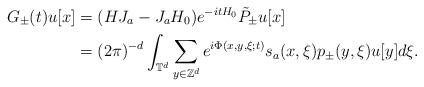
LaTeX: \begin{align*}G_\pm(t)u[x]&=(HJ_a-J_aH_0)e^{-itH_0}\tilde P_\pm u[x] \\&=(2\pi)^{-d} \int_{\mathbb{T}^d} \sum_{y\in\mathbb{Z}^d} e^{i\Phi(x,y,\xi;t)} s_a(x,\xi) p_\pm(y,\xi) u[y] d\xi.\end{align*}